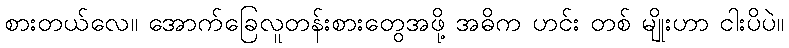
စားတယ်လေ။ အောက်ခြေလူတန်းစားတွေအဖို့ အဓိက ဟင်း တစ် မျိုးဟာ ငါးပိပဲ။